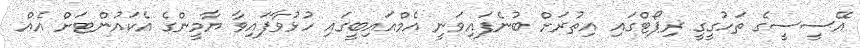
އޭސީސީގެ ތަހުގީގީ ރިޕޯޓްގައި އިތުރަށް ބުނެފައިވަނީ އެމްއައިބީގައި ހުޅުވާފައިވާ ޔާމީންގެ އެކައުންޓަށް އެއް